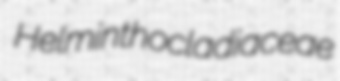
Helminthocladiaceae